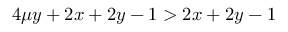
4 \mu y + 2 x + 2 y - 1 > 2 x + 2 y - 1